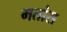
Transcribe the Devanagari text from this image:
मतांस